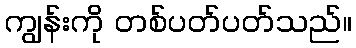
ကျွန်းကို တစ်ပတ်ပတ်သည်။